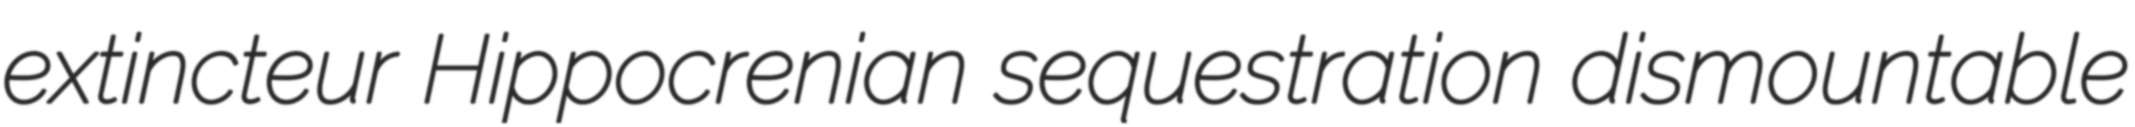
extincteur Hippocrenian sequestration dismountable